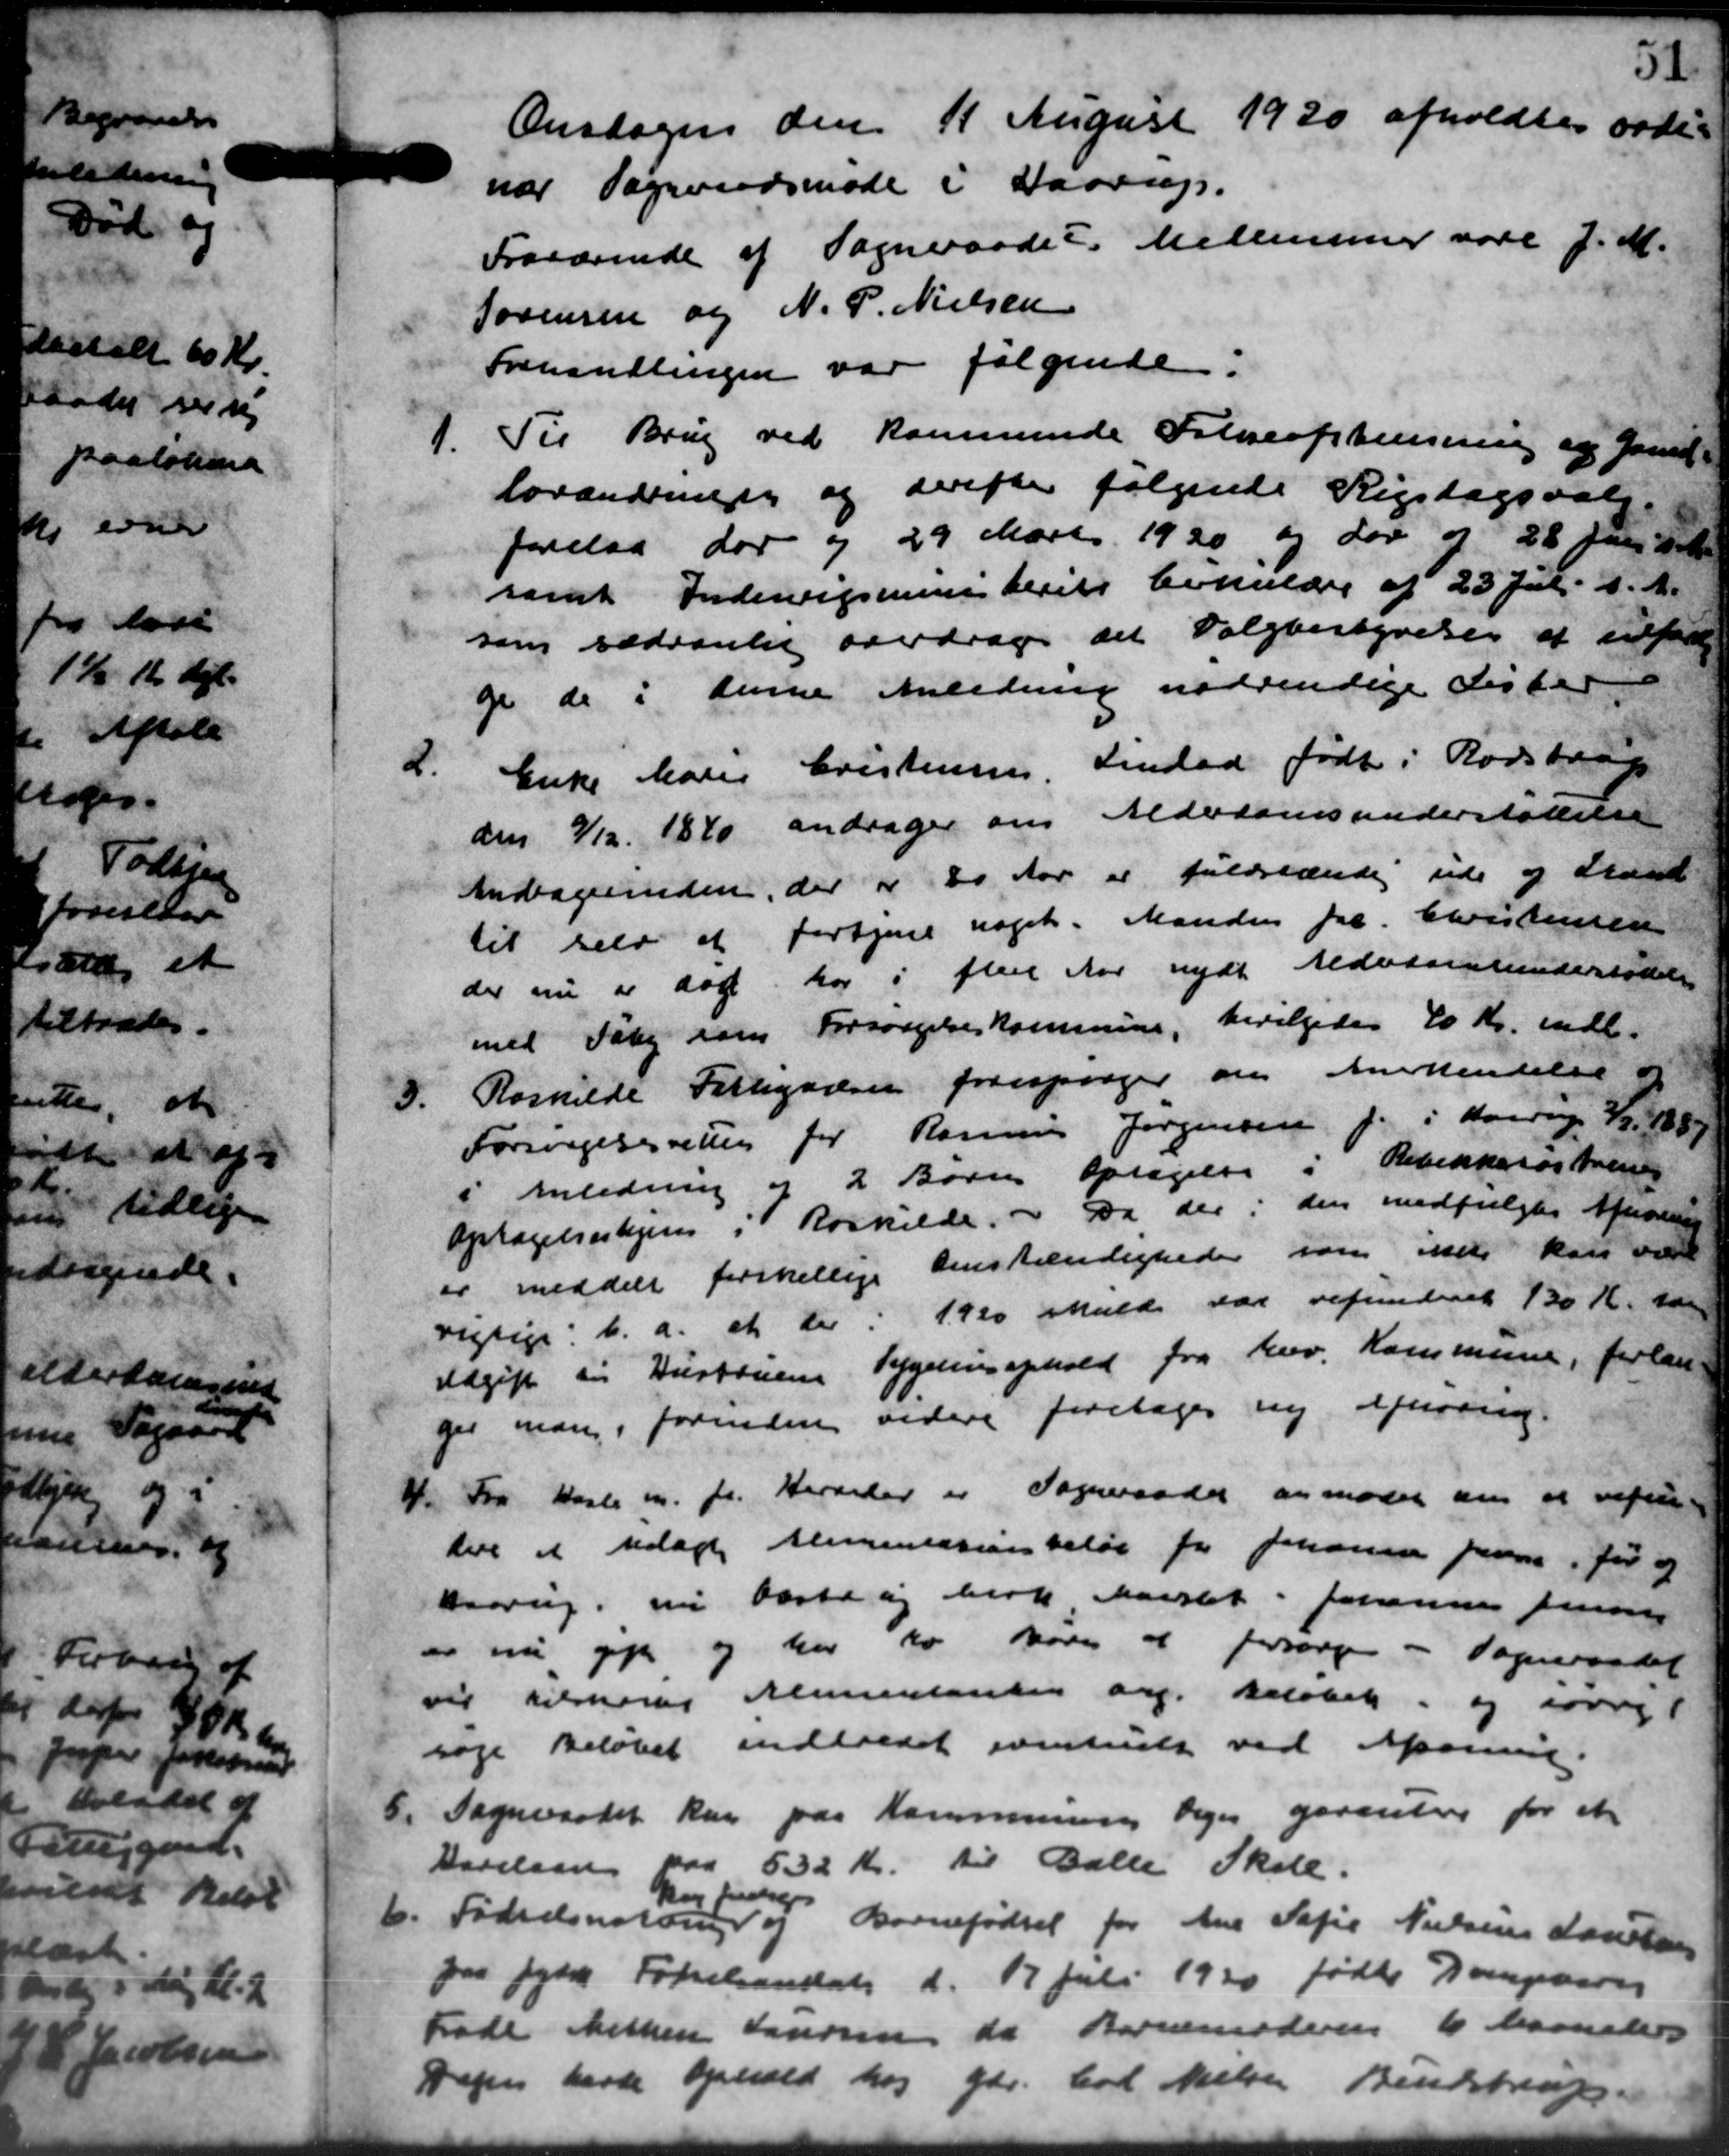
Transskription:
Onsdagen den 11 August 1930 afholdtes ordi-
nær Sogneraadsmøde i Haarup.
Fraværende af Sogneraadet Medlemmer vare f. M.
Sørensen og N. P. Nielsen
Fehandlingen var følgende.
1.
Til Brug ved kommende Folkeafstensning og famil
lovænden og derefter følgende Rigsdagsvalg.
forelaa der og 29 Marts 1920 og Lov af 28 Juni d. M.
samt Indenrigsministeriets Cirkulære af 23 Juli d. A.
som sædvanlig overdrage det Valgbestyrelsen at udfort
ge de i denne Anledning nødvendige Lister
2.
Enke Marie Kristensen Lindaa født i Rodstrup
den 9/12 1840 andrager om Alderdomsunderstøttelse
Andragerinden, der er 20 Aar er fuldstænde ude og Stand
til selv at fortjene noget. Manden Jac. Christensen
der nu er aar har i flere Aar nydt Aldersrentunderstøttelse
med Valg som Forsørgelseskommune, bevilgedes 40 Kr. indl.
3.
Roskilde Fattigvæsen forespørger om Anerkendelse og
Forsørgelsesrettes for Rasmus Jørgensen f. i Haarup 2/3 1887
" Anledning af 2 Børn optagelse i Rebekkasøstreren
Optagelseshjem i Roskilde. - Da der i den medfulgtes Afsoner
er meddelt forskellige denstændigheder som inde kan være
rigtige b.a. at der i 1920 skulde var refunderet 130 Kr. saa
Udgift til Hustruens Sygeliusophold fra herv. Kommune, forlan-
ger man forinden videre foretages ny Afhøring.
4.
Fra Hasle m. fl. Herreder er Sogneraadet anmoder om at repar-
lere at nedlagt Alimentesionsbeløb fra Johanne paa før og
Brorup, nu beste og birk Aarslet i Johannes Jensen
er nu eje og har to Barn at forsørge - Sogneraadet
vil tilskrive Alimentanten og Beløbet, og iøvri
søge Beløbet indholdet eventuelt ved Afsoning.
5.
Sogneraadet kan paa Kommunens lege garantere for et
Dorelaan paa 532 Kr. til Balle Skole
6.
Fødselsnator
Dag fra
og Barnefødsel for Ane Sofie Nielsens Larsen
paa Jyde Forelandag d. 17 Juli 1930 fødte Dampbivej
Fade Metten Laursen da Barnemoderen 6 Navneders
Dagen havde Ophold hos Gdr. Cod. Nielsen Bendstrup.